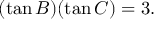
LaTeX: ( \tan B ) ( \tan C ) = 3 .